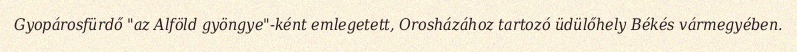
Gyopárosfürdő "az Alföld gyöngye"-ként emlegetett, Orosházához tartozó üdülőhely Békés vármegyében.